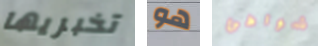
تخبريها هو شواطئ